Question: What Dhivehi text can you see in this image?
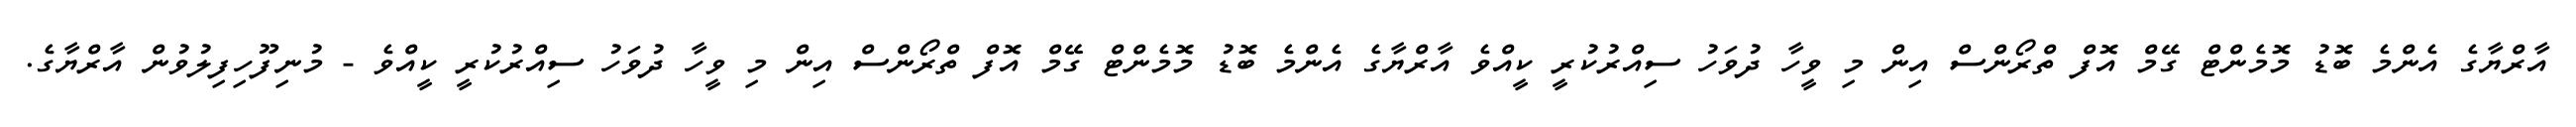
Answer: އާރްޔާގެ އެންމެ ބޮޑު މޮމެންޓް ގޭމް އޮފް ތްރޯންސް އިން މި ވީހާ ދުވަހު ސިއްރުކުރީ ކީއްވެ އާރްޔާގެ އެންމެ ބޮޑު މޮމެންޓް ގޭމް އޮފް ތްރޯންސް އިން މި ވީހާ ދުވަހު ސިއްރުކުރީ ކީއްވެ - މުނިފޫހިފިލުވުން އާރްޔާގެ.